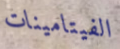
الفيتامينات